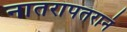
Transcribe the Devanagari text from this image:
नातरापतरानं